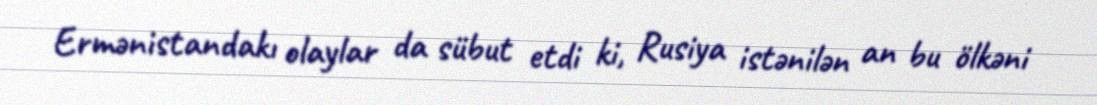
Ermənistandakı olaylar da sübut etdi ki, Rusiya istənilən an bu ölkəni